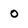
Character: 0